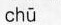
chū